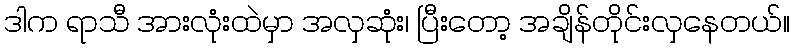
ဒါက ရာသီ အားလုံးထဲမှာ အလှဆုံး၊ ပြီးတော့ အချိန်တိုင်းလှနေတယ်။